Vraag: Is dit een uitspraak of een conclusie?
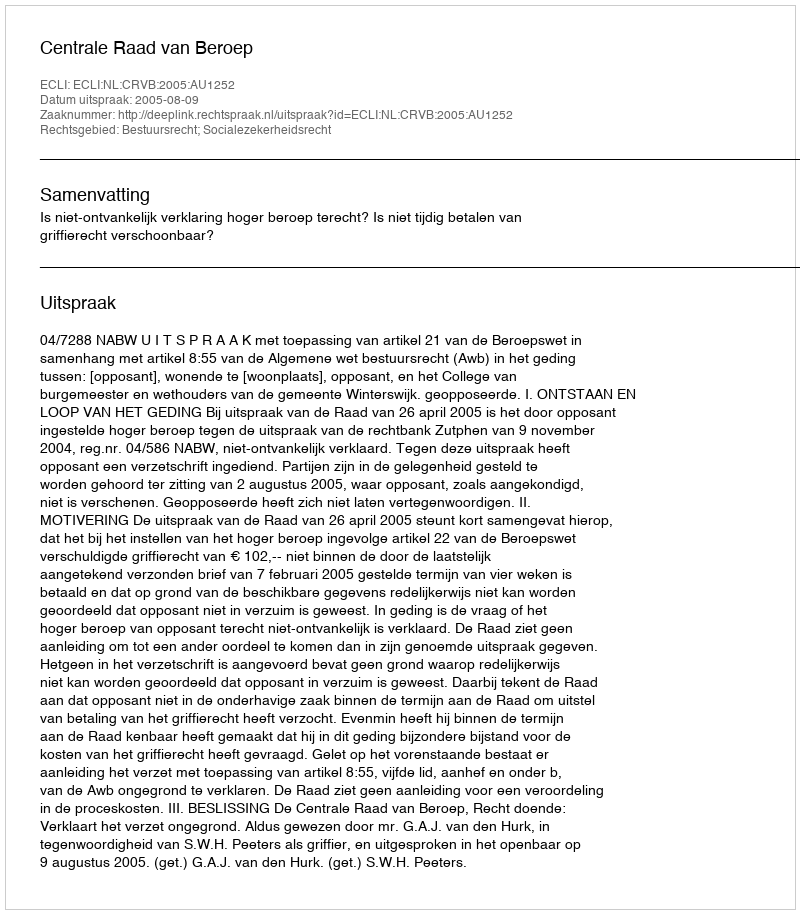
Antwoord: Uitspraak